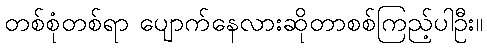
တစ်စုံတစ်ရာ ပျောက်နေလားဆိုတာစစ်ကြည့်ပါဦး။